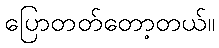
ပြောတတ်တော့တယ်။